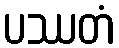
ပဿတံ